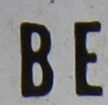
BE